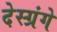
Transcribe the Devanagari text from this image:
देस्ग्रंगे